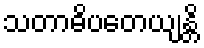
သတာဓိပတေယျန္တိ